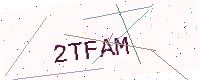
Text: 2TFAM